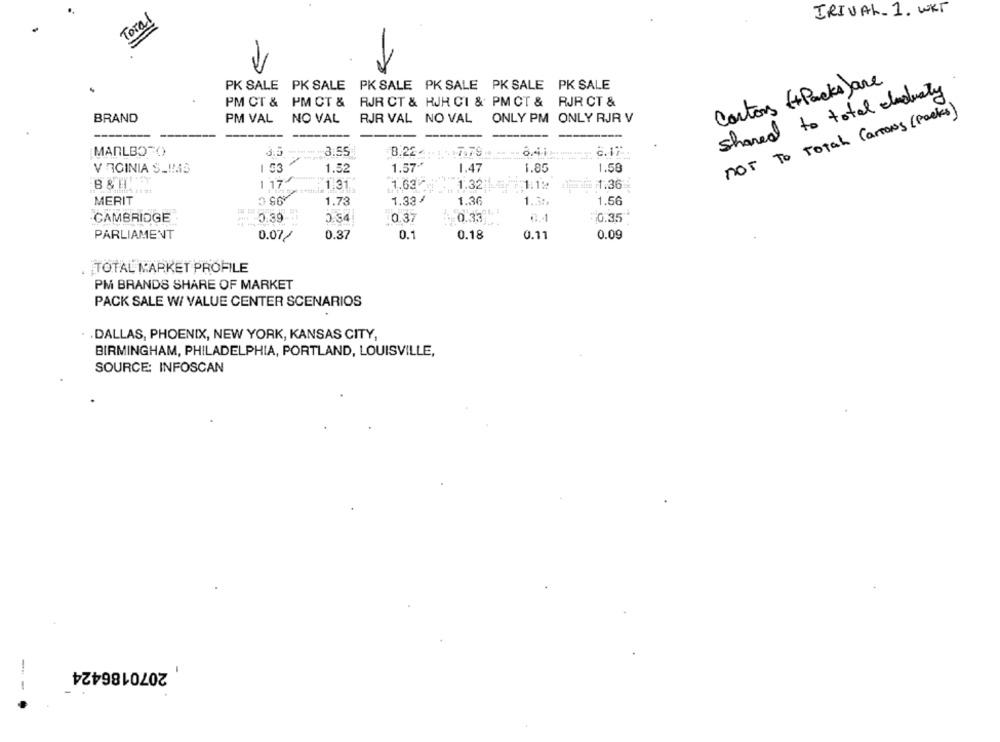
IRIVAL_ 1. WKT
Toral
Cartons (+Packs Jane
PK SALE PK SALE PK SALE PK SALE PK SALE PK SALE
shared to total Induaty
PM CT & PM CT & RJR CT & HJH CI & PM CT & RJR CT &
not To Total carrows (packs)
BRAND
PM VAL NO VAL RJR VAL NO VAL ONLY PM ONLY RJR V
NO VAL
MARLBORO
3.5 *****
3.55
8.22€
$7.79
2.17.
VIRGINIA S_MIS
1 53
1.52
1.37+
1.47
1.85
1.58
B & H
1 17
1.31.
1.63
1.321
:1:1%
1.36
MERIT
1.73
1.33 /
1.36
1.56
1.30
CAMBRIDGE
0.39
2.54
0.37
0.33
70.35
PARLIAMENT
0.07/
0.37
0.1
0.18
0.11
0.09
. TOTAL MARKET PROFILE
PM BRANDS SHARE OF MARKET
PACK SALE W/ VALUE CENTER SCENARIOS
. . DALLAS, PHOENIX, NEW YORK, KANSAS CITY,
BIRMINGHAM, PHILADELPHIA, PORTLAND, LOUISVILLE,
SOURCE: INFOSCAN
2070186424